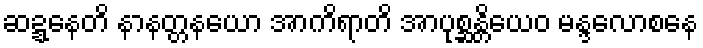
ဆဍ္ဍနေတိ နာနတ္တနယော အာကိရာတိ အာပုစ္ဆန္တိယေဝ မန္ဒလောစနေ